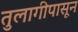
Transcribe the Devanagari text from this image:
तुलागीपासून